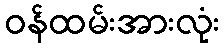
ဝန်ထမ်းအားလုံး